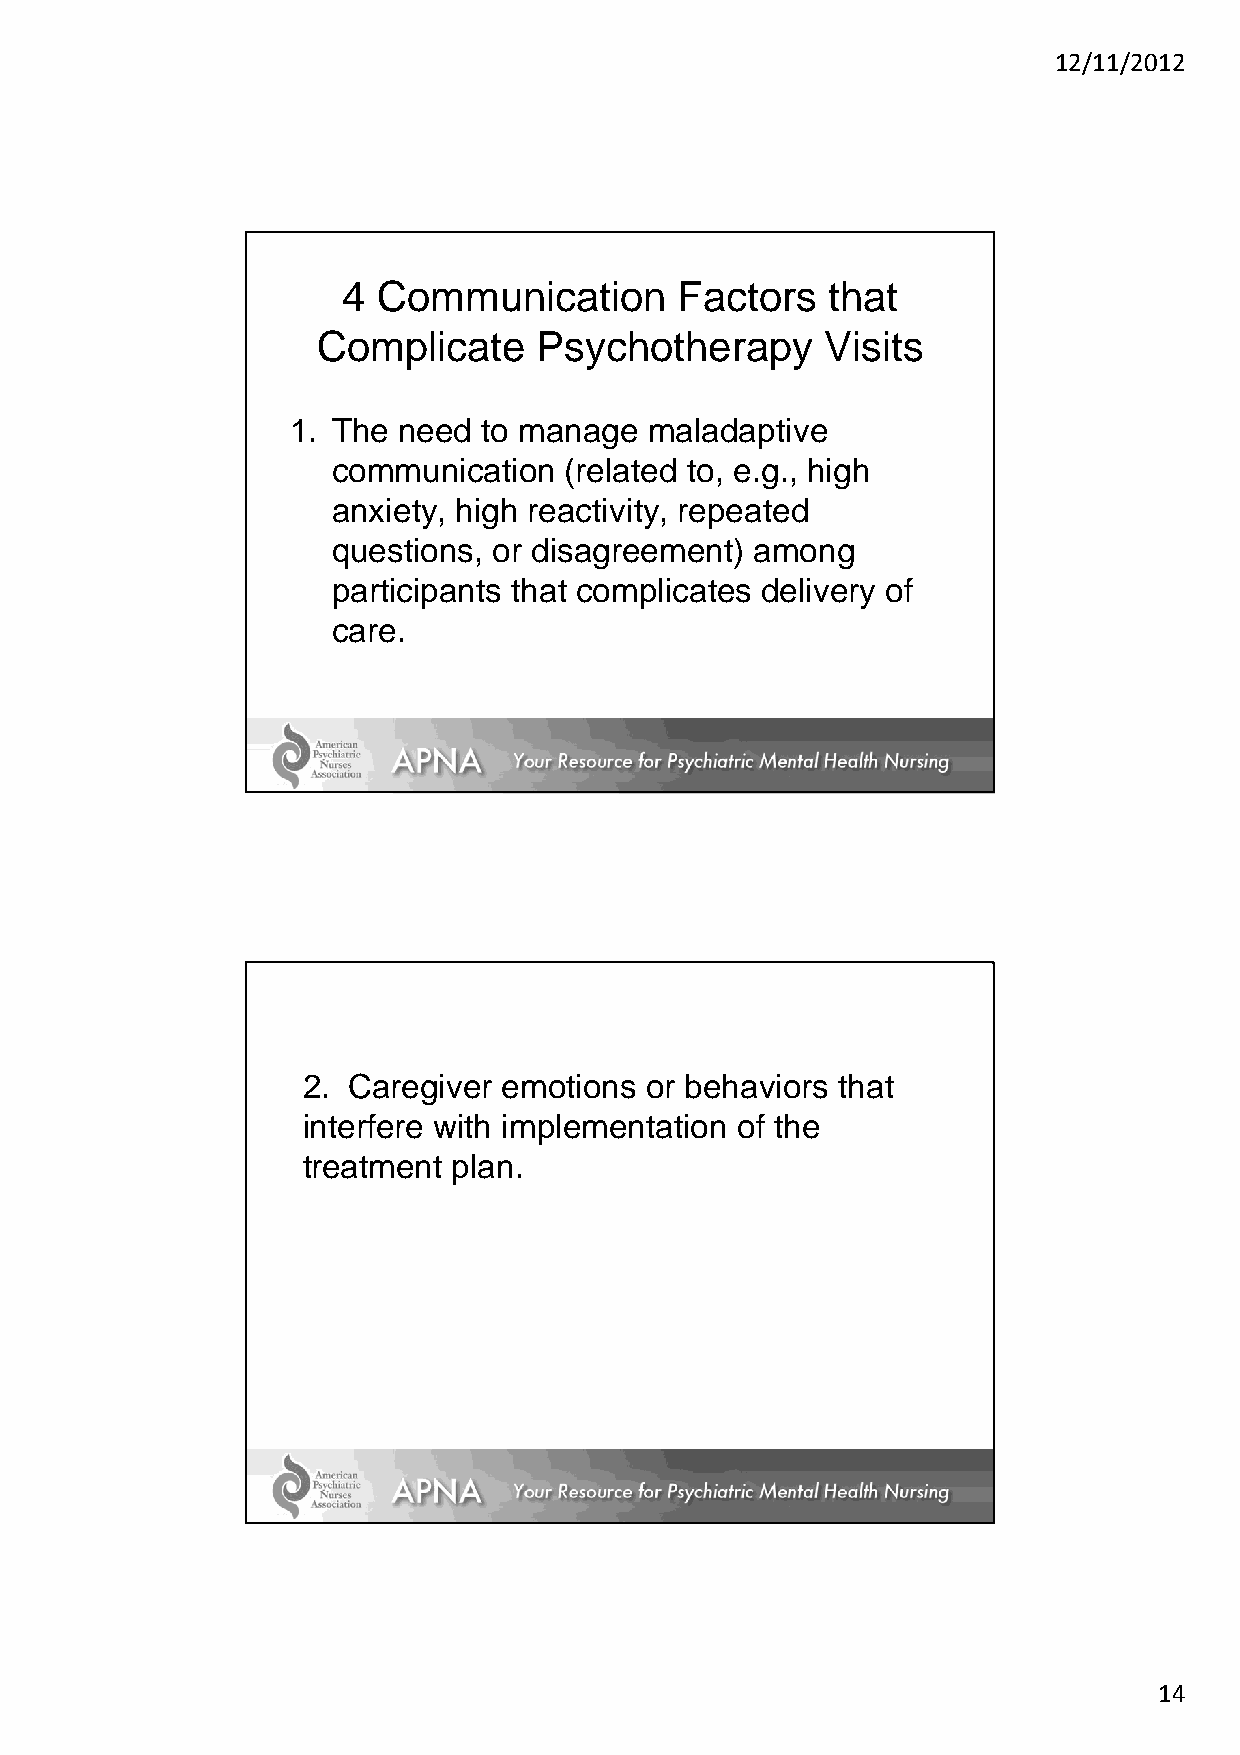
12/11/2012
 4 Communication       Factors   that
 Complicate     Psychotherapy      Visits
 1. The need  to manage  maladaptive
 communication  (related to, e.g., high
 anxiety, high reactivity, repeated
 questions, or disagreement) among
 participants that complicates delivery of
 care.
 2. Caregiver emotions  or behaviors that
 interfere with implementation of the
 treatment plan.
 14